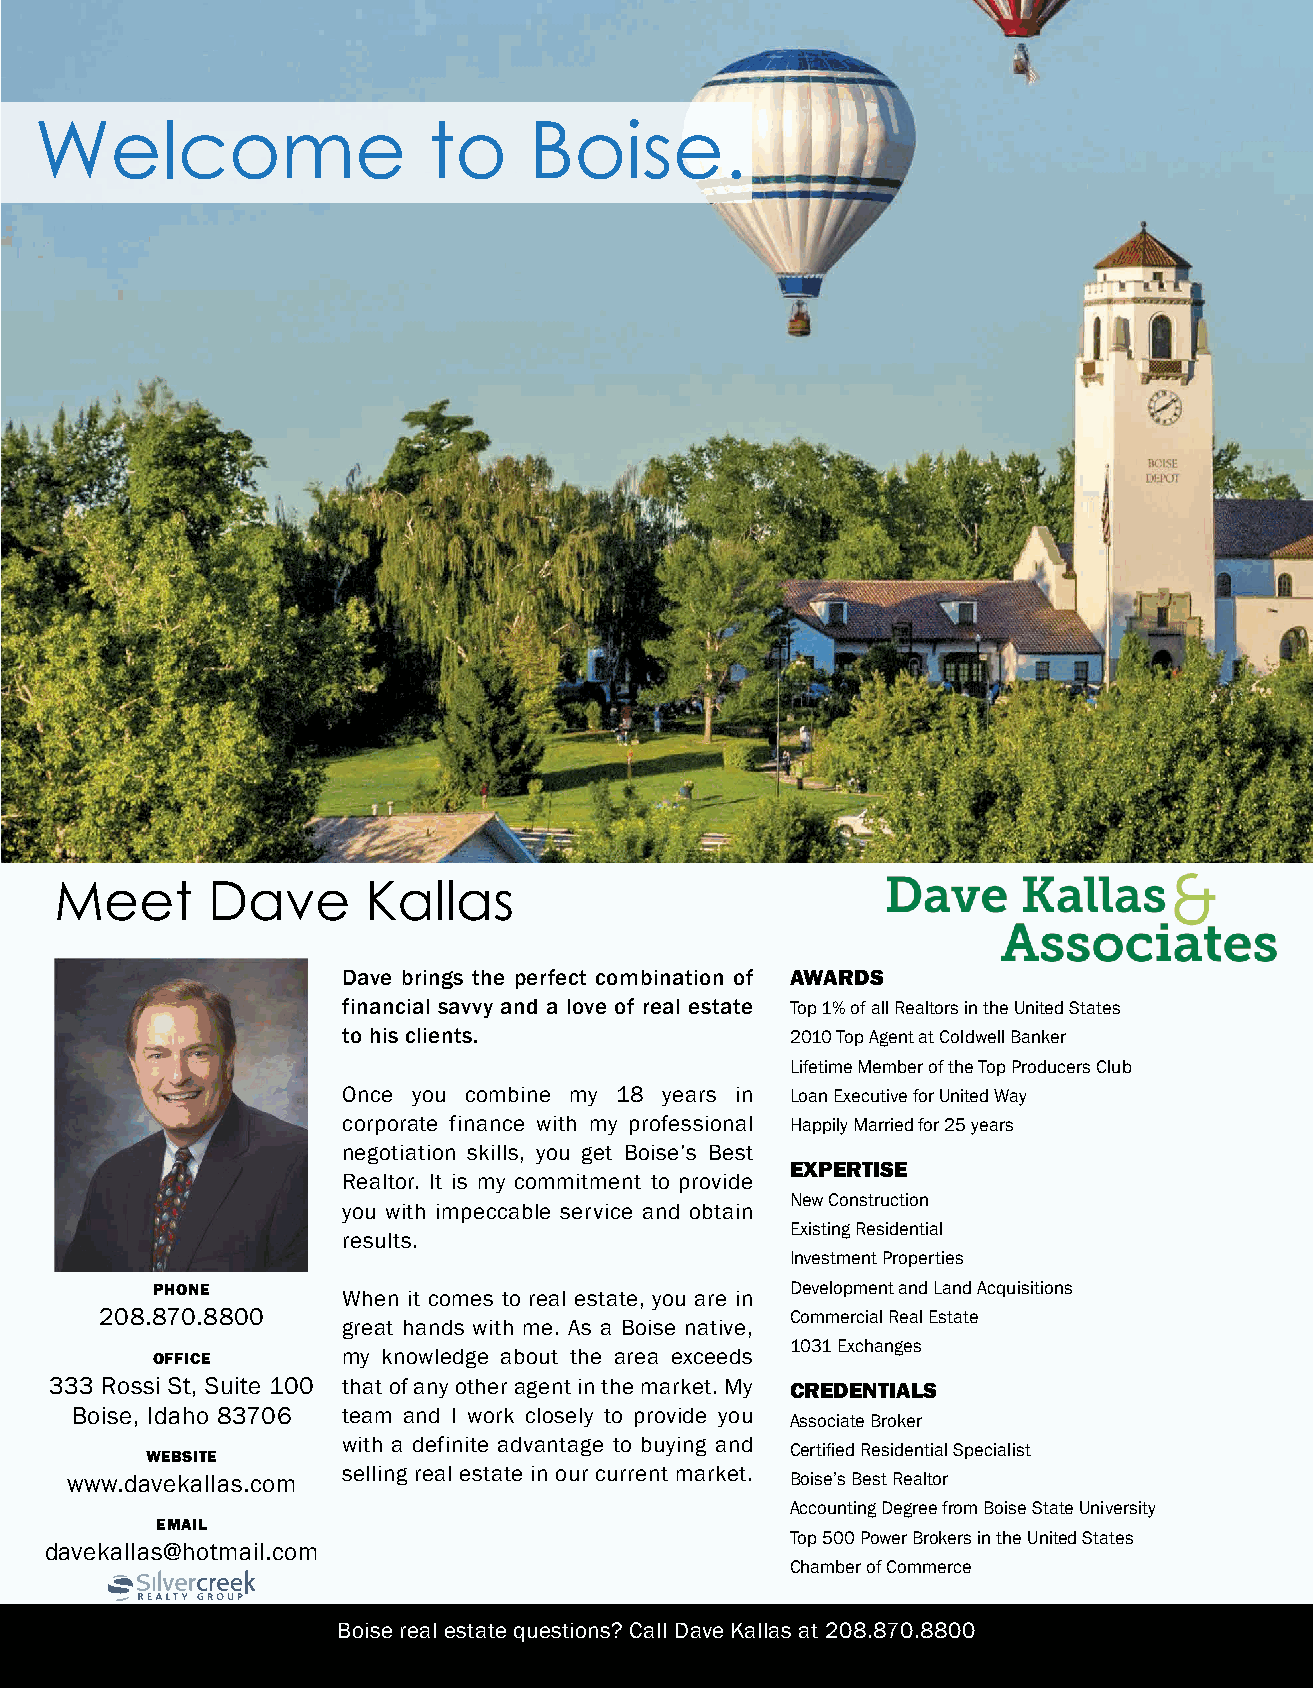
Welcome                   to     Boise.
 Meet      Dave      Kallas
 Introduction
 Dave brings the perfect combination of AWARDS
 financial savvy and a love of real estate Top 1% of all Realtors in the United States
 to his clients.              2010 Top Agent at Coldwell Banker
 Lifetime Member of the Top Producers Club
 Once you combine my 18 years in Loan Executive for United Way
 corporate finance with my professional Happily Married for 25 years
 negotiation skills, you get Boise’s Best
 EXPERTISE
 Realtor. It is my commitment to provide
 New Construction
 you with impeccable service and obtain
 Existing Residential
 results.
 Investment Properties
 PHONE                                     Development and Land Acquisitions
 When it comes to real estate, you are in
 208.870.8800                                 Commercial Real Estate
 great hands with me. As a Boise native,
 1031 Exchanges
 OFFICE       my knowledge about the area exceeds
 333 Rossi St, Suite 100 that of any other agent in the market. My CREDENTIALS
 Boise, Idaho 83706 team and I work closely to provide you
 Associate Broker
 with a definite advantage to buying and
 Certified Residential Specialist
 WEBSITE
 selling real estate in our current market.
 www.davekallas.com                              Boise’s Best Realtor
 Accounting Degree from Boise State University
 EMAIL
 Top 500 Power Brokers in the United States
 davekallas@hotmail.com
 Chamber of Commerce
 Boise real estate questions? Call Dave Kallas at 208.870.8800